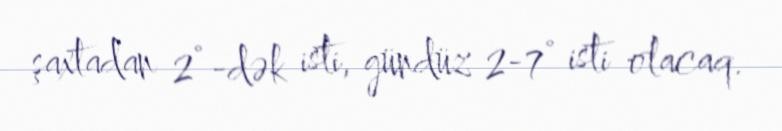
şaxtadan 2°-dək isti, gündüz 2-7° isti olacaq.